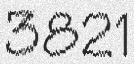
3821